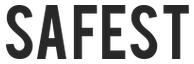
SAFEST